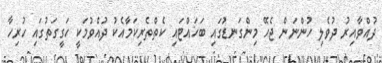
ދުއްވާއިރު ދުވެލި ހުންނަން ޖެހޭ މިންގަނޑުގައި ބަހައްޓައި ކެތްތެރިކަމާއެކު ދުއްވުމަކީ ހަގީގަތުގައި ހުރިހާ